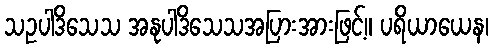
သဥပါဒိသေသ အနုပါဒိသေသအပြားအားဖြင့်။ ပရိယာယေန၊